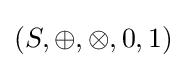
(S,\oplus ,\otimes ,0,1)